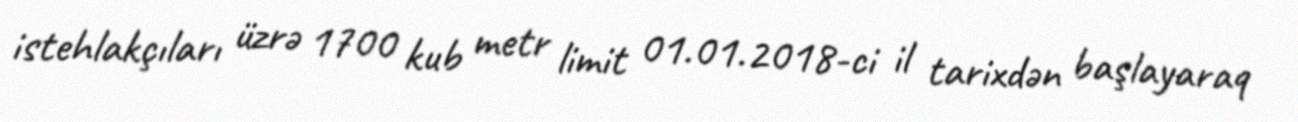
istehlakçıları üzrə 1700 kub metr limit 01.01.2018-ci il tarixdən başlayaraq